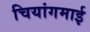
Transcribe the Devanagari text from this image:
चियांगमाई